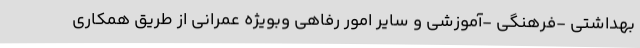
بهداشتی -فرهنگی -آموزشی و سایر امور رفاهی وبویژه عمرانی از طریق همکاری